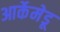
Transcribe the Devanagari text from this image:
आर्केमेडू